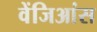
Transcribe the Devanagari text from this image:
वेंजिआंस